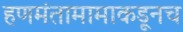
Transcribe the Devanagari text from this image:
हणमंतामामाकडूनच